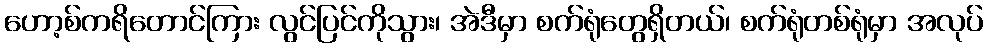
ဟော့စ်ကရိတောင်ကြား လွင်ပြင်ကိုသွား၊ အဲဒီမှာ စက်ရုံတွေရှိတယ်၊ စက်ရုံတစ်ရုံမှာ အလုပ်